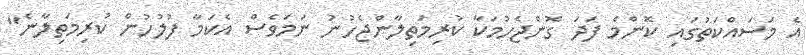
އެ މަސައްކަތުގައި ކޮންމެ ފަދަ ގޮންޖެހުމަކާ ކުރިމަތިލާންޖެހުނު ނަމަވެސް އެކަމާ ފުލުހުން ކުރިމަތިލާނެ"